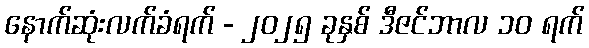
နောက်ဆုံးလက်ခံရက် - ၂၀၂၅ ခုနှစ် ဒီဇင်ဘာလ ၁၀ ရက်